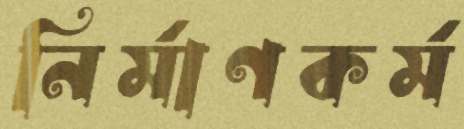
নির্মাণকর্ম